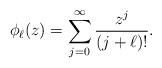
LaTeX: \begin{align*} \phi_\ell(z) = \sum_{j=0}^{\infty} \frac{z^j}{(j + \ell)!}.\end{align*}